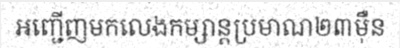
អញ្ជើញមកលេងកម្សាន្តប្រមាណ២៣ម៉ឺន